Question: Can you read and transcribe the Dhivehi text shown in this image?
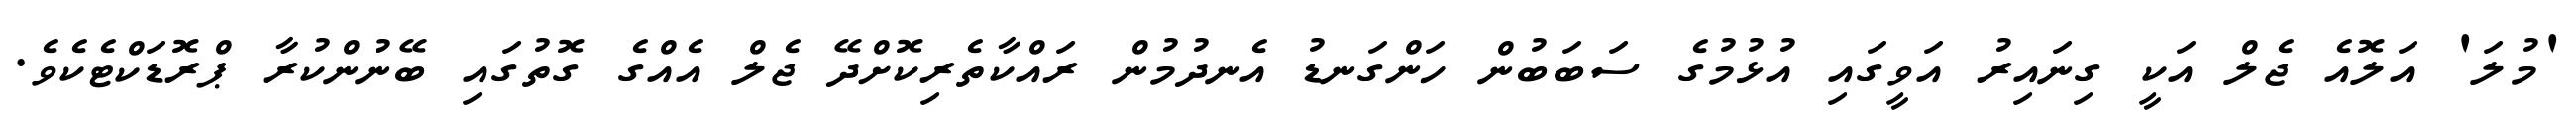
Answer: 'މުލަ' އަލޮއެ ޖެލް އަކީ ގިނައިރު އަވީގައި އުޅުމުގެ ސަބަބުން ހަންގަނޑު އެނދުމުން ރައްކާތެރިކޮށްދޭ ޖެލް އެއްގެ ގޮތުގައި ބޭނުންކުރާ ޕްރޮޑަކްޓެކެވެ.